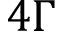
4 \Gamma